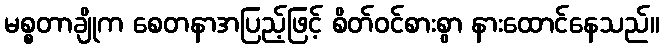
မစ္စတာချိုက စေတနာအပြည့်ဖြင့် စိတ်ဝင်စားစွာ နားထောင်နေသည်။